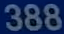
388